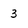
Character: 3